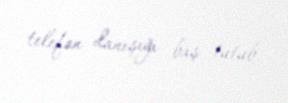
telefon danışığı baş tutub.